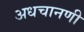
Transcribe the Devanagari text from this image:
अधचानणी